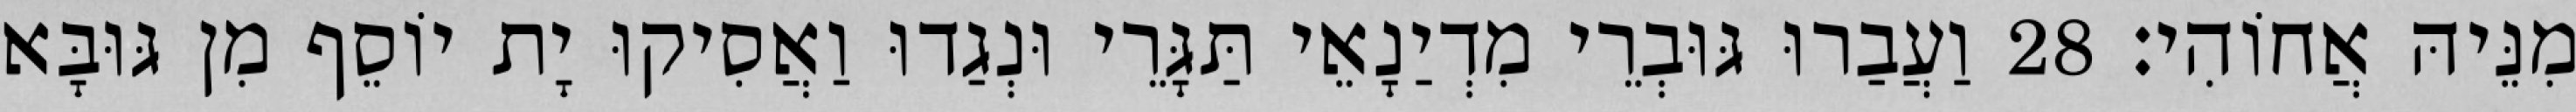
מִנֵּיהּ אֲחוֹהִי׃ 28 וַעֲבַרוּ גּוּבְרֵי מִדְיַנָאֵי תַּגָּרֵי וּנְגַדוּ וַאֲסִיקוּ יָת יוֹסֵף מִן גּוּבָּא